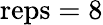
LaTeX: \textrm{reps}=8